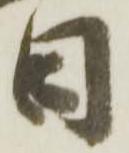
日